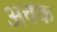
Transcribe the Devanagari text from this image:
अचक